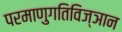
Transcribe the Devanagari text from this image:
परमाणुगतिविज्ञान